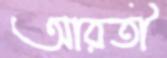
আরতী